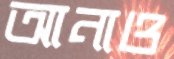
আনাও